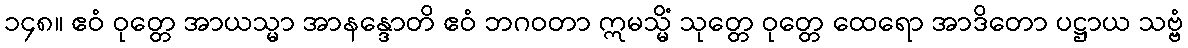
၁၄၈။ ဧဝံ ဝုတ္တေ အာယသ္မာ အာနန္ဒောတိ ဧဝံ ဘဂဝတာ ဣမသ္မိံ သုတ္တေ ဝုတ္တေ ထေရော အာဒိတော ပဋ္ဌာယ သဗ္ဗံ